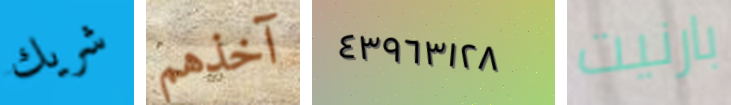
شريك آخذهم ٤٣٩٦٣١٢٨ بارنيت